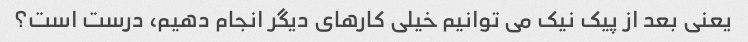
یعنی بعد از پیک نیک می توانیم خیلی کارهای دیگر انجام دهیم، درست است؟